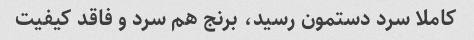
کاملا سرد دستمون رسید، برنج هم سرد و فاقد کیفیت